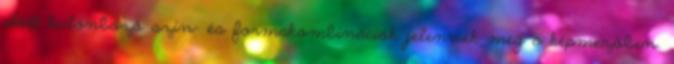
előtt különböző szín- és formakombinációk jelennek meg a képmezőben.